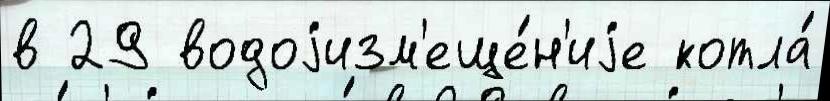
в 29 водоjизм'еще́н'иjе котла́